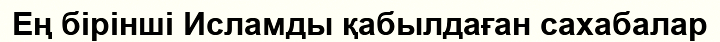
Ең бірінші Исламды қабылдаған сахабалар